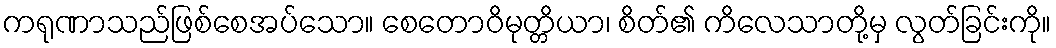
ကရုဏာသည်ဖြစ်စေအပ်သော။ စေတောဝိမုတ္တိယာ၊ စိတ်၏ ကိလေသာတို့မှ လွတ်ခြင်းကို။